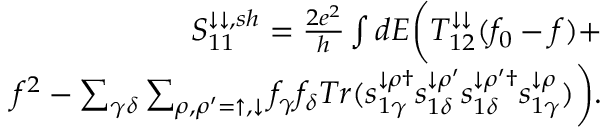
\begin{array} { r } { { S _ { 1 1 } ^ { \downarrow \downarrow , s h } = \frac { 2 e ^ { 2 } } { h } \int d E \bigg ( T _ { 1 2 } ^ { \downarrow \downarrow } ( f _ { 0 } - f ) + } } \\ { { f ^ { 2 } - \sum _ { \gamma \delta } \sum _ { \rho , \rho ^ { \prime } = \uparrow , \downarrow } f _ { \gamma } f _ { \delta } T r ( s _ { 1 \gamma } ^ { \downarrow \rho \dagger } s _ { 1 \delta } ^ { \downarrow \rho ^ { \prime } } s _ { 1 \delta } ^ { \downarrow \rho ^ { \prime } \dagger } s _ { 1 \gamma } ^ { \downarrow \rho } ) \bigg ) . } } \end{array}